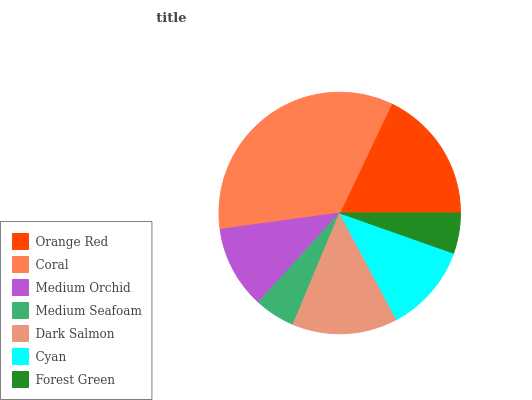
| Orange Red | Coral | Medium Orchid | Medium Seafoam | Dark Salmon | Cyan | Forest Green |
 | --- | --- | --- | --- | --- | --- | --- |
 | 18% | 34.2% | 11.1% | 5.44% | 14.1% | 11.8% | 5.39% |